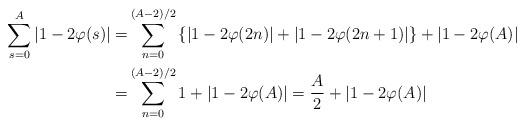
LaTeX: \begin{align*} \sum_{s=0}^{A}\left|1-2\varphi(s)\right|=&\sum_{n=0}^{(A-2)/2}\left\{\left|1-2\varphi(2n)\right|+\left|1-2\varphi(2n+1)\right|\right\}+|1-2\varphi(A)| \\ =&\sum_{n=0}^{(A-2)/2}1+\left|1-2\varphi(A)\right|=\frac{A}{2}+\left|1-2\varphi(A)\right| \end{align*}